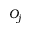
O _ { j }